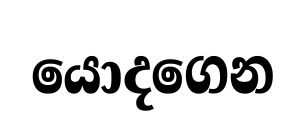
යොදගෙන